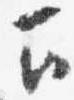
下